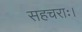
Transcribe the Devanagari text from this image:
सहचराः।